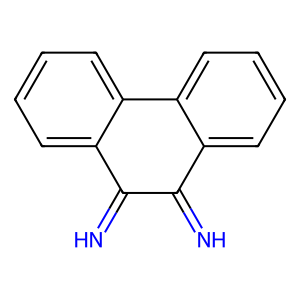
SMILES: N=C1C(=N)c2ccccc2-c2ccccc21
Inhibits HIV replication: No